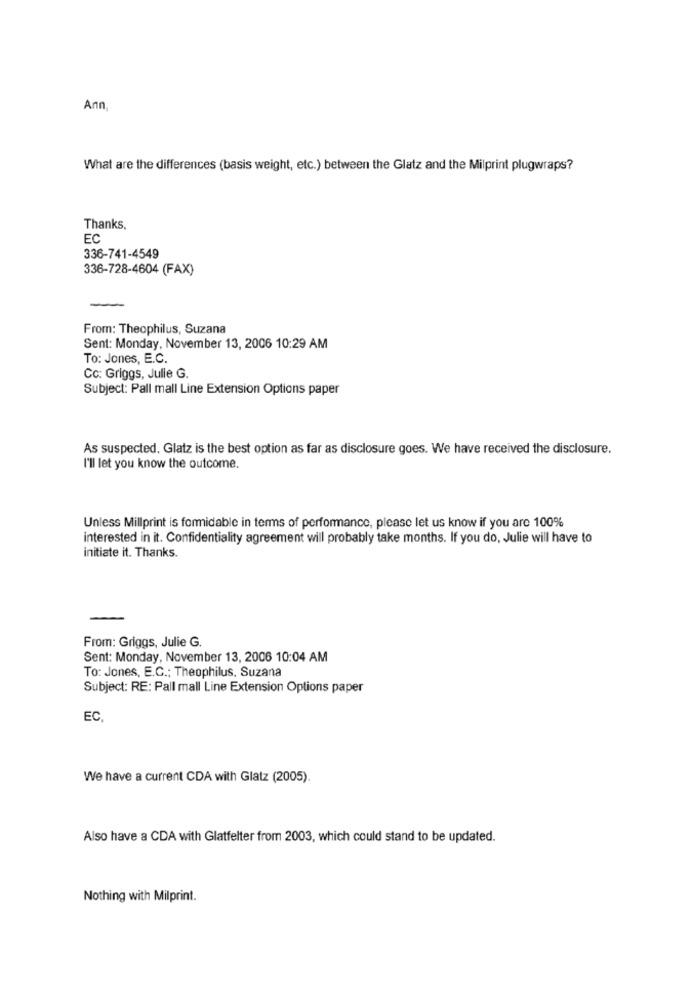
Ann.
What are the differences (basis weight, etc.) between the Glatz and the Milprint plugwraps?
Thanks,
EC
336-741-4549
336-728-4604 (FAX)
From: Theophilus, Suzana
Sent: Monday, November 13, 2006 10:29 AM
To: Jones, E.C.
Cc: Griggs, Julie G.
Subject: Pall mall Line Extension Options paper
As suspected. Glatz is the best option as far as disclosure goes. We have received the disclosure.
I'll let you know the outcome.
Unless Millprint is formidable in terms of performance, please let us know if you are 100%
interested in it. Confidentiality agreement will probably take months. If you do, Julie will have to
initiate it. Thanks.
From: Griggs, Julie G.
Sent: Monday, November 13, 2006 10:04 AM
To: Jones, E.C .; Theophilus, Suzana
Subject: RE: Pall mall Line Extension Options paper
EC
We have a current CDA with Glatz (2005).
Also have a CDA with Glatfelter from 2003, which could stand to be updated.
Nothing with Milprint.